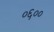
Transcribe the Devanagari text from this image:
०६००